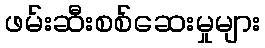
ဖမ်းဆီးစစ်ဆေးမှုများ